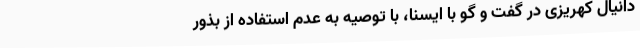
دانیال کهریزی در گفت و گو با ایسنا، با توصیه به عدم استفاده از بذور